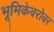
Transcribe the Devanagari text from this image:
भूमिकेबरोबर